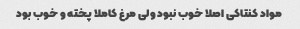
مواد کنتاکی اصلا خوب نبود ولی مرغ کاملا پخته و خوب بود